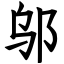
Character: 邬